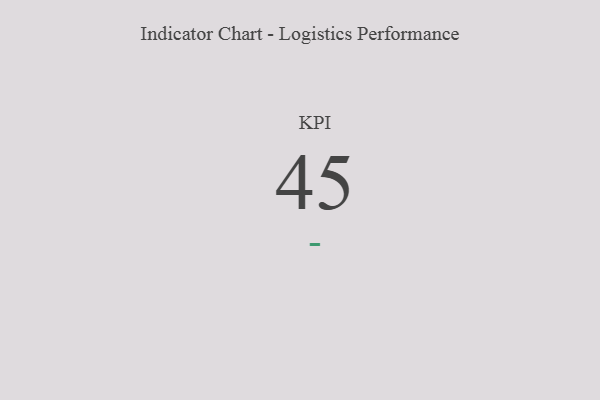
{"axis": {"x": "KPI", "y": "Value"}, "legend": [""], "data": [{"x": "KPI", "y": 45, "type": ""}]}